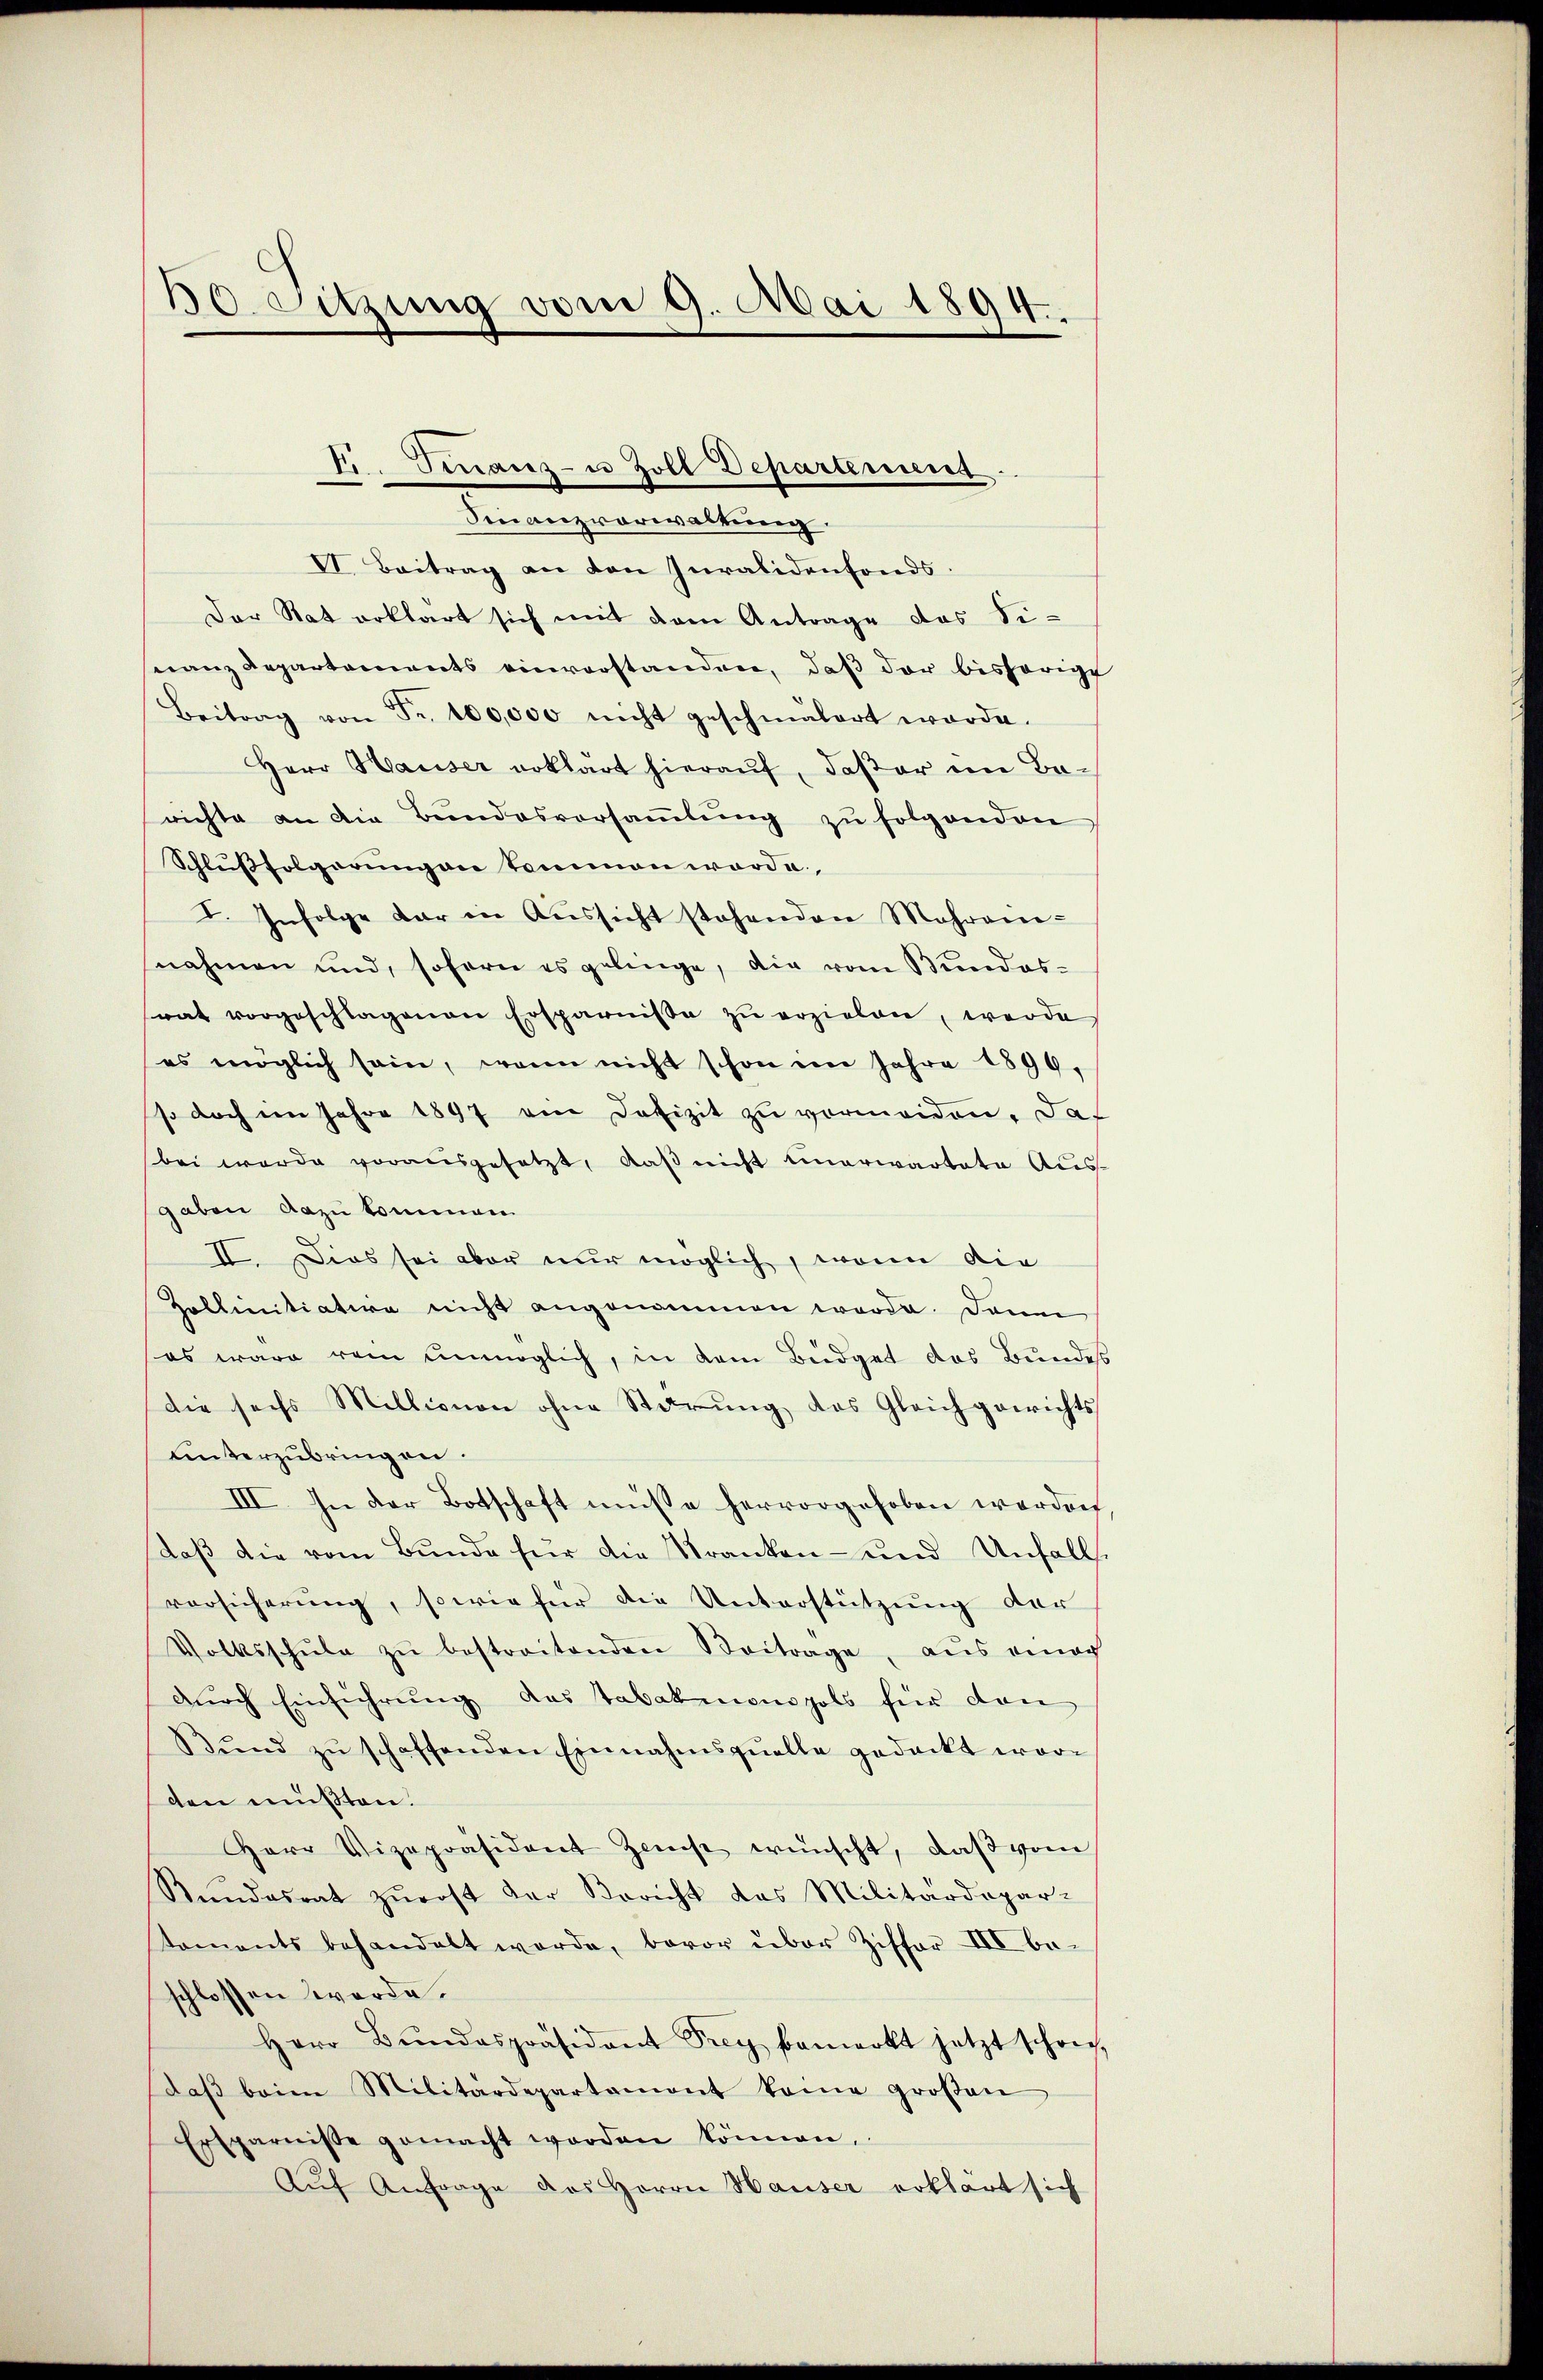
30. Sitzung vom 9. Mai 1894.

Finanzvorwaltung.
VI. Beitrag an den Invalidenfonds.
Der Rat erklärt sich mit dem Antrage das Sinanz Departements einverstanden, daß der bisherige
Beitrag von Fr. 100,000 nicht geschmälert worde.
Herr Hauser erklärt hierauf, daßer im Be-
richte an die Bŭndesversaṁlŭng zŭ folgenden
Schlußfolgerungen kommen worde
I. Infolge dar in Aŭssicht stehenden Mehran-
nahmen und, sofern es gelinge, die vom Bundes-
rat vorgeschlagenen Ersparnisse zu erzielen, werde
es möglich sein, wenn nicht schon im Jahre 1899,
so doch im Jahre 1897 an Defizit zu vermeiden. Das
bei werde vorausgesetzt, daβ nicht einerwartete Aŭs-
gaben dazu kommen
II. Dies sei aber nur möglich, wenn die
Zollinitiative nicht angenommen werde. Dann
es wäre rein unmöglich, in dem Büdget das Bundes
die sechs Millionen ohne Stärŭng des Gleichgewichts
unterzubringen.
III. In der Botschaft müsse hervorgehoben worden
daβ die vom Bunde für die Kranken- und Unfalls
vorsicherung, sowie für die Unterstützung der
Volksschŭle zŭ bestreitenden Beitrage, aŭs eing
durch Einführung des Tabakmonopols für dan
Bŭnd zŭ schaffenden Einnahmsqŭelle gedeckt worten müßten.
Herr Vizepräsident Zins wünscht, daß vom
Rundesrat zŭrost der Bericht das Militärdepar-
toments behandelt werde, bevor über Ziffer III be-
schlossen werde.
Herr Bŭndespräsidant Frey bemerkt jetzt schon,
daβ beim Militärdepartament kame groβen
Ersparnisse gemacht worden können.
Aŭf Anfrage des Herrn Hauser erklärt sich

t. Sinanz- u Zoll Departement